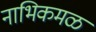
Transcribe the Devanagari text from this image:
नाभिकमळ